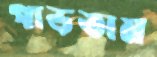
গাড়তাম